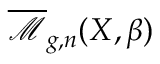
{ \overline { { \mathcal { M } } } } _ { g , n } ( X , \beta )